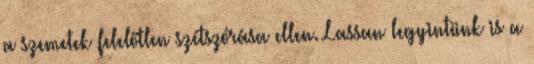
a szemetek felelőtlen szétszórása ellen. Lassan legyintünk is a